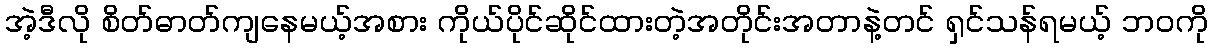
အဲ့ဒီလို စိတ်ဓာတ်ကျနေမယ့်အစား ကိုယ်ပိုင်ဆိုင်ထားတဲ့အတိုင်းအတာနဲ့တင် ရှင်သန်ရမယ့် ဘဝကို